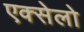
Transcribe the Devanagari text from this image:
एक्सेलो